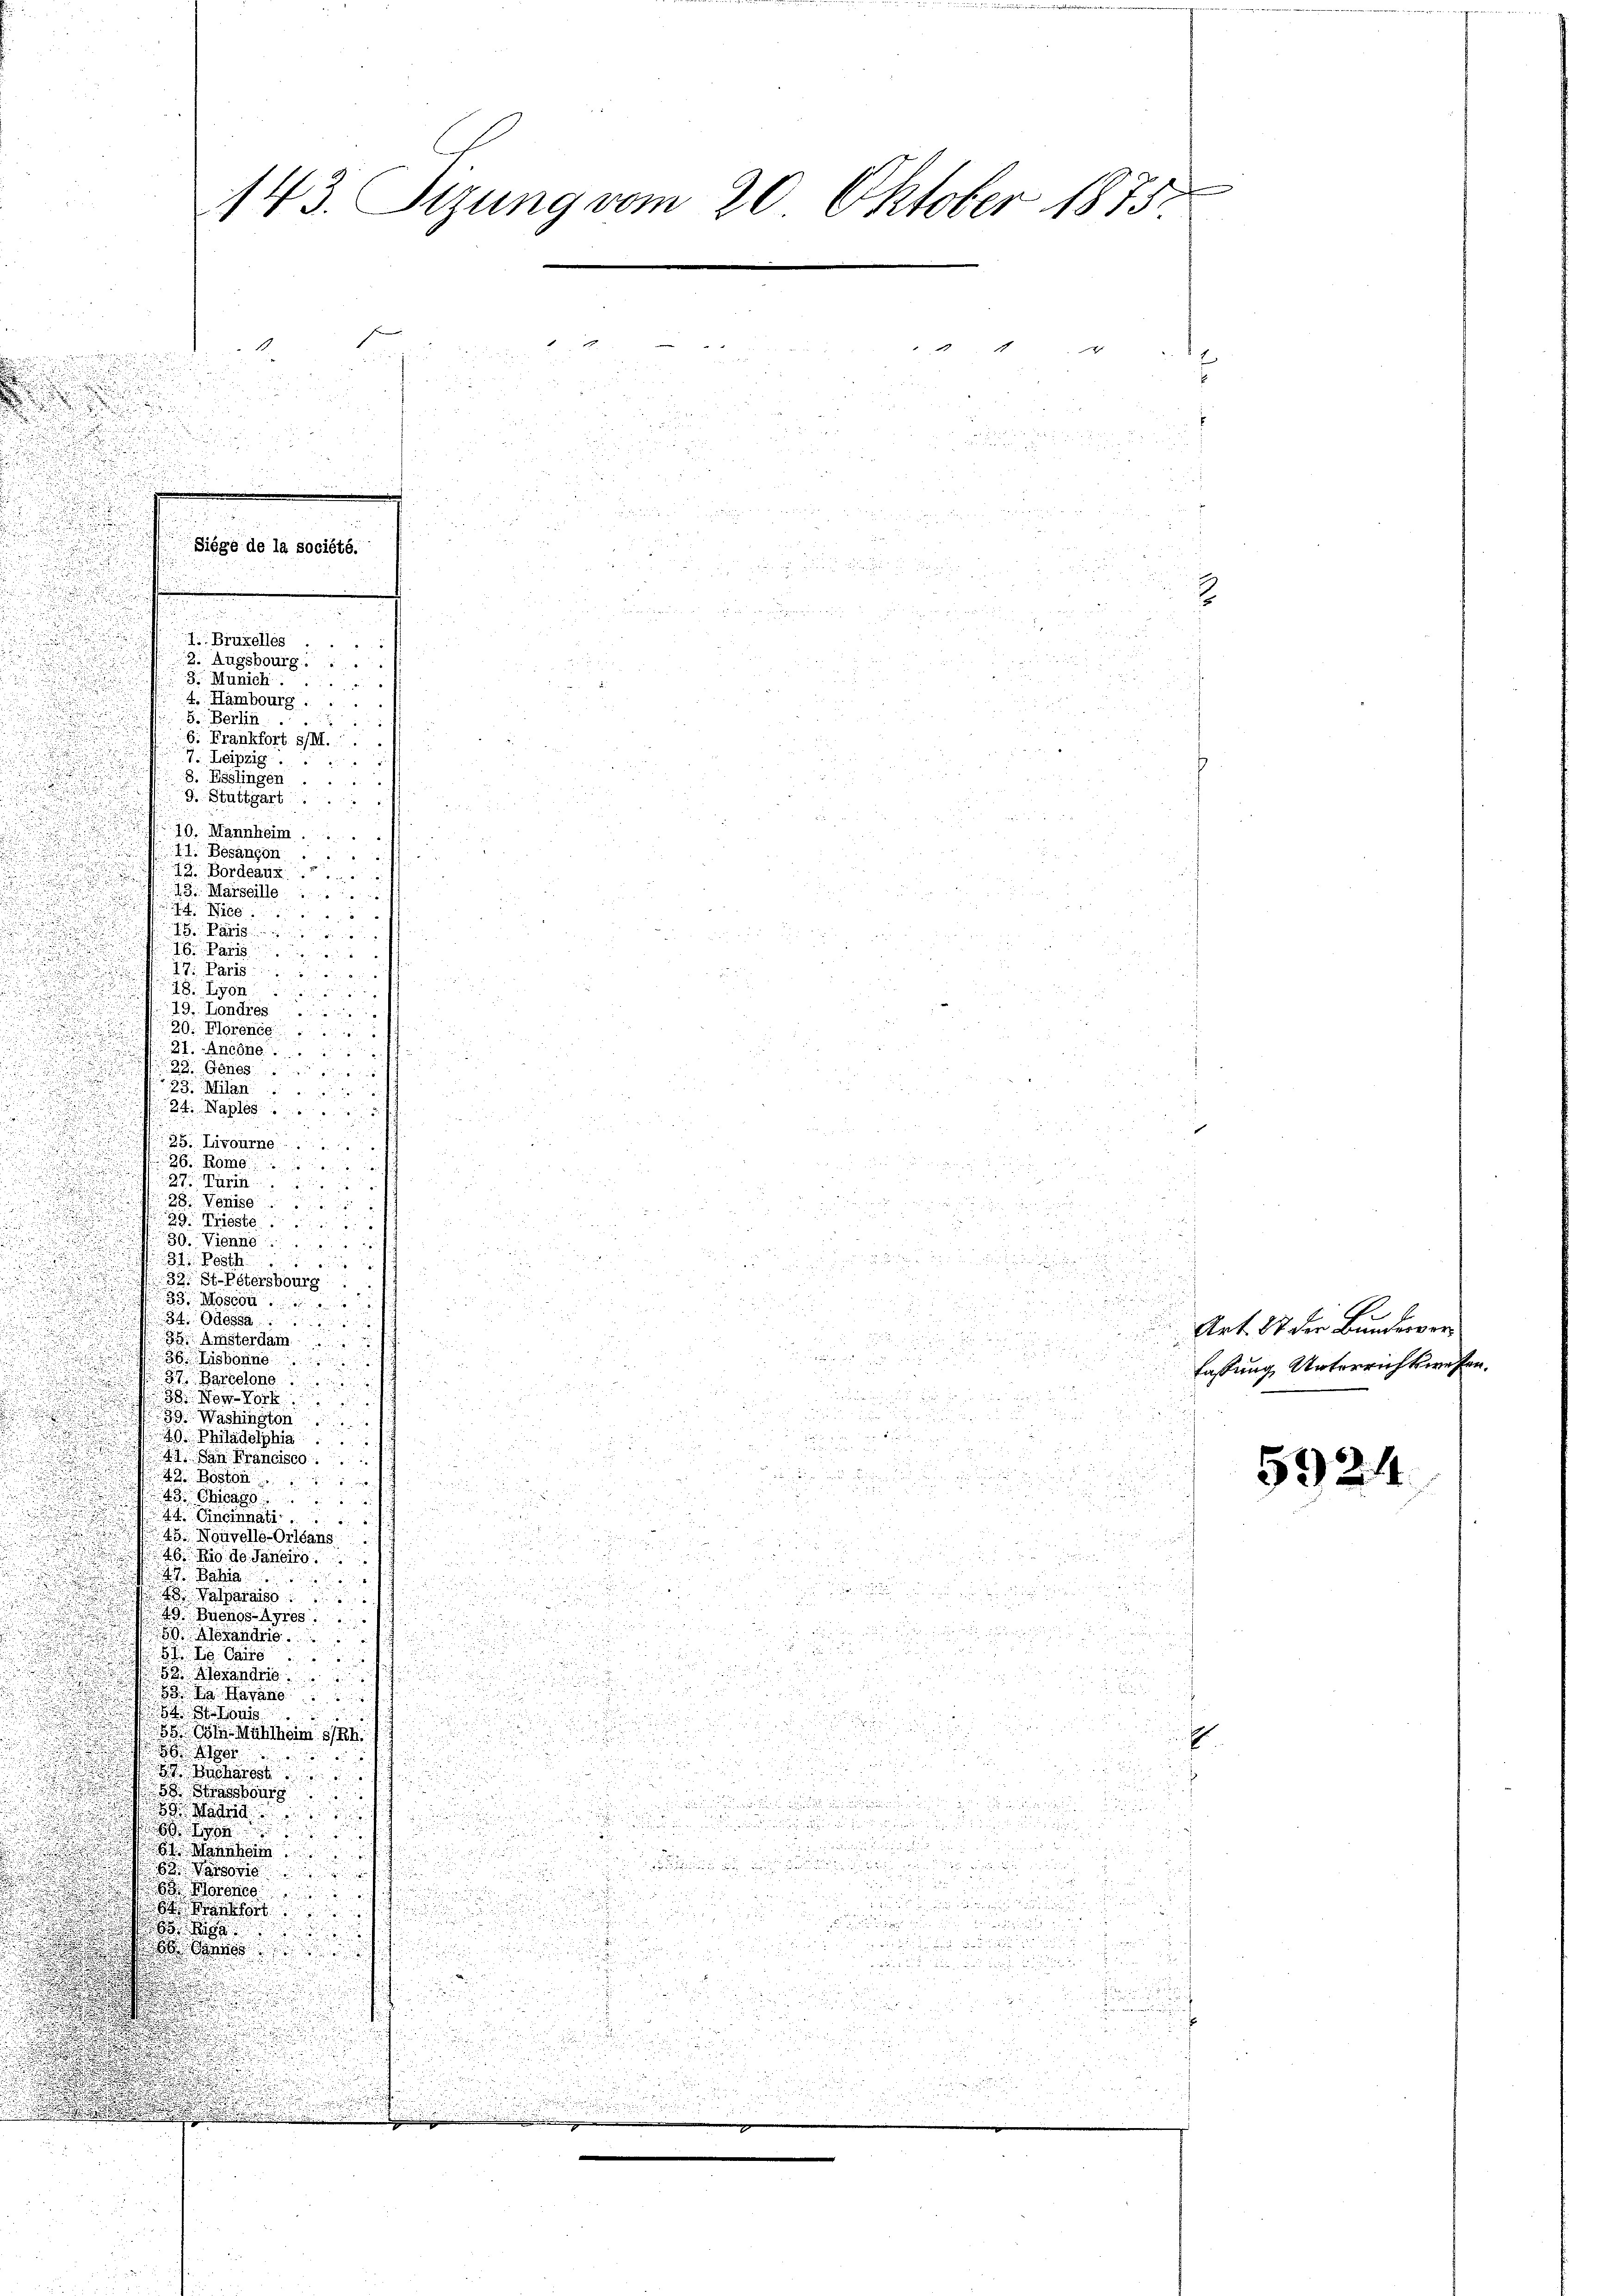
E

4
t
u
25

e

a
x

.

 4
I.Bruxelles ....
2. Augsbourg ......
3 Munich
4. Hambourg ....
5. Berlin.
25
6. Frankfort s/M.
7. Leipzig.
8. Esslingen ....
9. Stuttgart ...

10. Mannheim.
u
II. Besangen
 u richten
73. Bordeaux
13. Marseille
 Nie

 Kä
16. Paris
IV. Paris
aud
28. von

n
27. Antone
d
2
.
u
u

.

u

¬

e

28. Wenige
i
2
u

30. Vienne .....
u

325. Post

32. St. Estersbourg

2
23. Mosson

.

34. Odessa
u
d
d

 Amsterdam
.

.
36 Piskönne
57. Parcelono
u

38. Nov. Vork

39. Washington
2

40. Philadelphia

 d. d. 1527
d
42. San Francisco

.

42. Boston
.

43. Chicag

d
44. Eineinnati . . .

25. Nouvelle-Orleans

u
2
46. Rio de Janeiro
2
Bahia

4 Valparaiso

49 Buenos-Ayres
.

u
89 fandr
.
85

d
xx
1 V. Carie

 , von der

.
52. Alexandrie

3 Havan
85
.
55 x
048

.

x
 Mühlheim
.

22
80

.
x

2
a

 25 x
95
58. Strassburg

ad

n

u

51 Mannheim

 ich in der
e
.
a
u
i

u

n
8 Boronce

u
u
 Krankfort
e
n

.

rauf
d

8

d
e
z
n

.

.
.
.

143. Dizuna vom 20. Oktober 1875.

19. Londres
20. Florence
22. Genes
23. Milan
24aples
25 Livourne
2 Pom
27 Turin

29 Prieste

Siege de la société.

n

Art. 87 der Bunderver
fassung Unterrichtswesen.

5924.